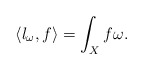
\begin{align*} \langle l_\omega, f \rangle =\int_X f\omega .\end{align*}